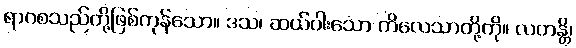
ရာဂစသည်တို့ဖြစ်ကုန်သော။ ဒသ၊ ဆယ်ပါးသော ကိလေသာတို့ကို။ လတန္တိ၊